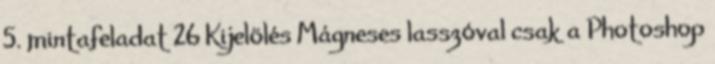
5. mintafeladat 26 Kijelölés Mágneses lasszóval csak a Photoshop